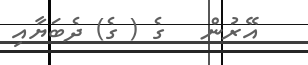
އޭރުން   ގެ ( ގެ) ދެބަޔާއި